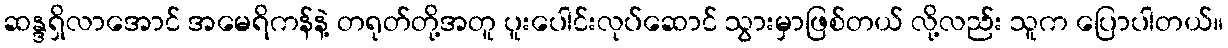
ဆန္ဒရှိလာအောင် အမေရိကန်နဲ့ တရုတ်တို့အတူ ပူးပေါင်းလုပ်ဆောင် သွားမှာဖြစ်တယ် လို့လည်း သူက ပြောပါတယ်။